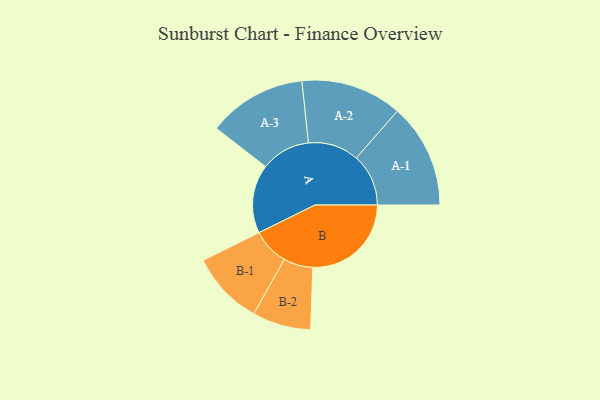
{"axis": {"x": "Segment", "y": "Value"}, "legend": ["", "A", "B"], "data": [{"x": "A", "y": 267, "type": ""}, {"x": "B", "y": 383, "type": ""}, {"x": "A-1", "y": 203, "type": "A"}, {"x": "A-2", "y": 197, "type": "A"}, {"x": "A-3", "y": 192, "type": "A"}, {"x": "B-1", "y": 143, "type": "B"}, {"x": "B-2", "y": 114, "type": "B"}]}